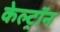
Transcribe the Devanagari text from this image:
केल्ट्रॉन